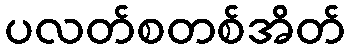
ပလတ်စတစ်အိတ်